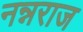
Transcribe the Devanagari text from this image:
नन्नराज